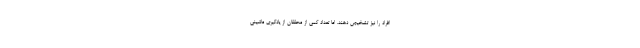
افراد را نیز تشخیص دهند. اما تعداد کمی از محققان از یادگیری ماشینی